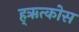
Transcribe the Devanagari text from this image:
ह्ऋत्कोस